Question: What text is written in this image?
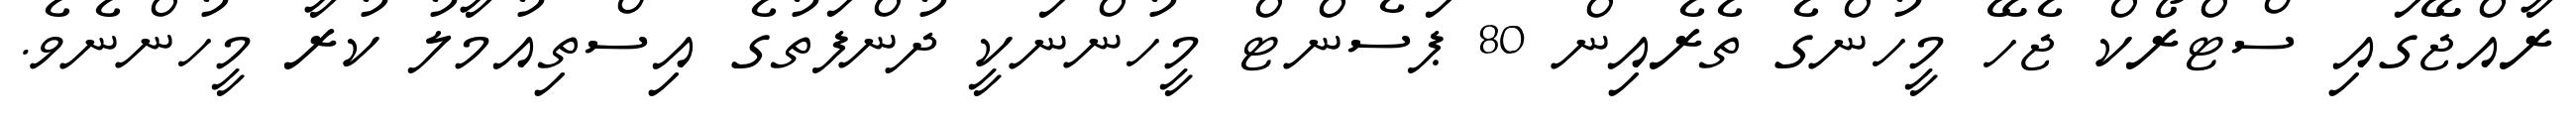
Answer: ރާއްޖޭގައި ސްޓްރޯކް ޖެހޭ މީހުންގެ ތެރެއިން 80 ޕަސެންޓް މީހުންނަކީ ދުންފަތުގެ އިސްތިއުމާލު ކުރާ މީހުންނެވެ.